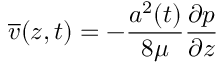
\overline { { v } } ( z , t ) = - \frac { a ^ { 2 } ( t ) } { 8 \mu } \frac { \partial p } { \partial z }